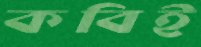
কবিই